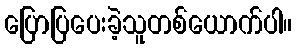
ပြောပြပေးခဲ့သူတစ်ယောက်ပါ။